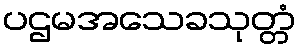
ပဌမအသေခသုတ္တံ